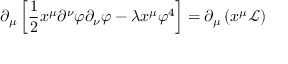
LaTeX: \partial _ { \mu } \left[ { \frac { 1 } { 2 } } x ^ { \mu } \partial ^ { \nu } \varphi \partial _ { \nu } \varphi - \lambda x ^ { \mu } \varphi ^ { 4 } \right] = \partial _ { \mu } \left( x ^ { \mu } { \mathcal { L } } \right)